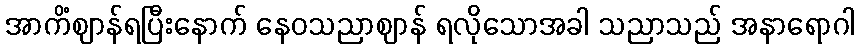
အာကိံဈာန်ရပြီးနောက် နေဝသညာဈာန် ရလိုသောအခါ သညာသည် အနာရောဂါ